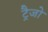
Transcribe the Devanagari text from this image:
ट्रैजो